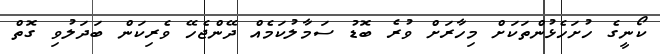
ކޯނީގެ ހުށަހެޅުންތަކަށް މިހާރަށް ވުރެ ބޮޑު ސަމާލުކަމެއް ދޭންޖެހޭ ވެރިކަން ބަދަލުވި ގޮތް